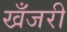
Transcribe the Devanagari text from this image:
खँजरी